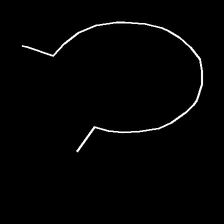
Glyph: weave